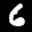
Label: 6